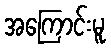
အကြောင်းမူ